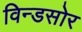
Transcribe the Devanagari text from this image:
विन्डसोर